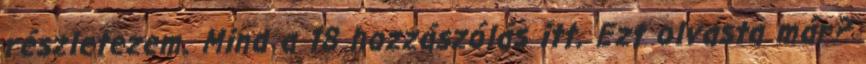
részletezem. Mind a 18 hozzászólás itt. Ezt olvasta már?